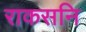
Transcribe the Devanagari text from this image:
राकसनि